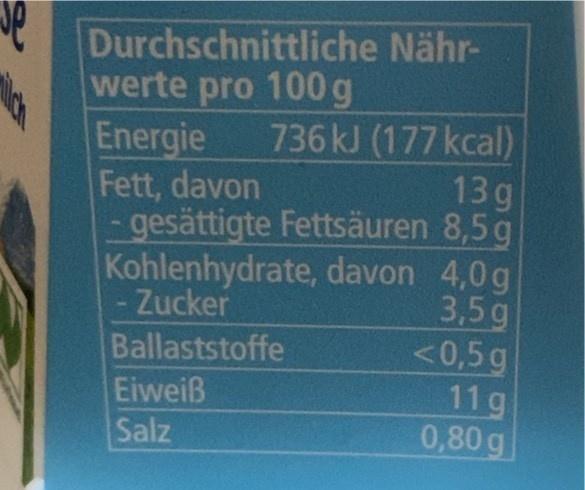
Durchschnittliche Nähr-
werte pro 100g Energie Fett, davon
736KJ (177 kcal) 13g - gesättigte Fettsäuren 8,5g Kohlenhydrate, davon 4,0g 3,5g <0,5g 11g 0,80 g
- Zucker
Ballaststoffe
Eiweiß Salz